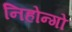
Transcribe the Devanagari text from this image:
निहोन्गो